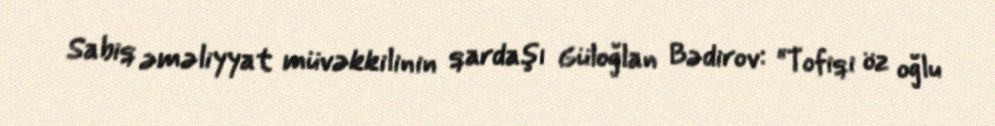
Sabiq əməliyyat müvəkkilinin qardaşı Güloğlan Bədirov: “Tofiqi öz oğlu